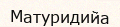
Матуридийа